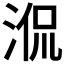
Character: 𣵿